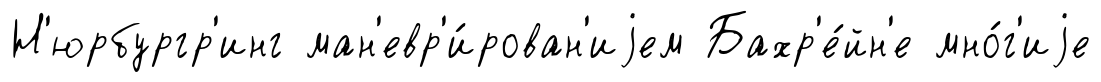
Н'юрбургр'инг ман'евр'и́рован'иjем Бахр'е́йн'е мно́г'иjе